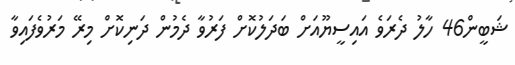
ޝަބީން46 ހާލު ދެރަވެ އައިސީޔޫއަށް ބަދަލުކޮށް ފަރުވާ ދެމުން ދަނިކޮށް މިރޭ މަރުވެފައިވާ